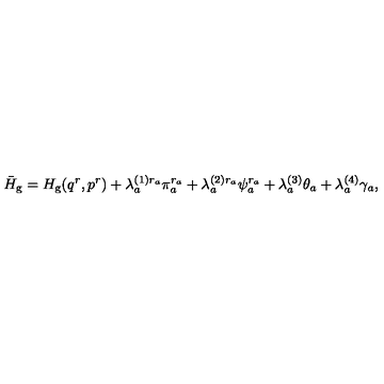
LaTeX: \bar { H } _ { \mathrm { g } } = H _ { \mathrm { g } } ( q ^ { r } , p ^ { r } ) + \lambda _ { a } ^ { ( 1 ) r _ { a } } \pi _ { a } ^ { r _ { a } } + \lambda _ { a } ^ { ( 2 ) r _ { a } } \psi _ { a } ^ { r _ { a } } + \lambda _ { a } ^ { ( 3 ) } \theta _ { a } + \lambda _ { a } ^ { ( 4 ) } \gamma _ { a } ,